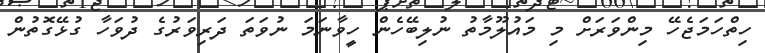
ހިތްހަމަޖެހޭ މިންވަރަށް މި މައުލޫމާތު ނުލިބޭހެން ހީވާނަމަ ނުވަތަ ދަރިވަރުގެ ދުވަހާ ގުޅޭގޮތުން